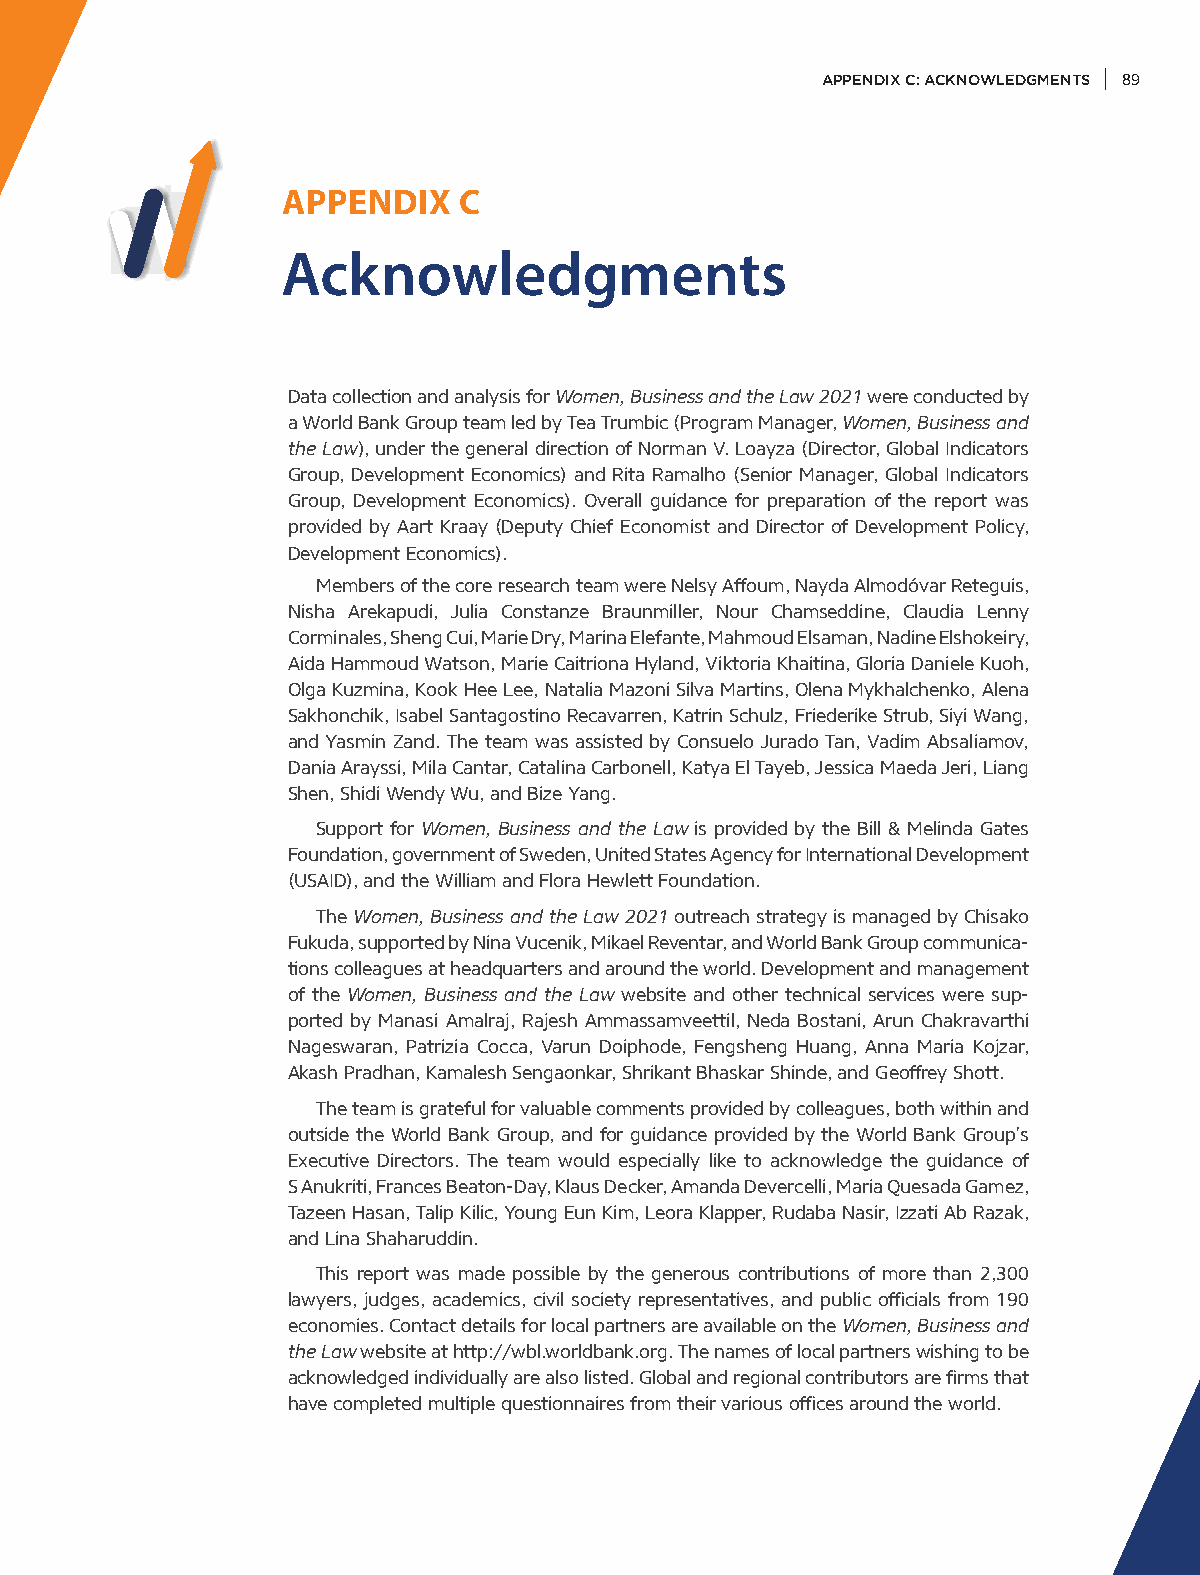
APPENDIX C: ACKNOWLEDGMENTS 89
 APPENDIX   C
 Acknowledgments
 Data collection and analysis for Women, Business and the Law 2021 were conducted by
 a World Bank Group team led by Tea Trumbic (Program Manager, Women, Business and
 the Law), under the general direction of Norman V. Loayza (Director, Global Indicators
 Group, Development Economics) and Rita Ramalho (Senior Manager, Global Indicators
 Group, Development Economics). Overall guidance for preparation of the report was
 provided by Aart Kraay (Deputy Chief Economist and Director of Development Policy,
 Development Economics).
 Members of the core research team were Nelsy Affoum, Nayda Almodóvar Reteguis,
 Nisha Arekapudi, Julia Constanze Braunmiller, Nour Chamseddine, Claudia Lenny
 Corminales, Sheng Cui, Marie Dry, Marina Elefante, Mahmoud Elsaman, Nadine Elshokeiry,
 Aida Hammoud Watson, Marie Caitriona Hyland, Viktoria Khaitina, Gloria Daniele Kuoh,
 Olga Kuzmina, Kook Hee Lee, Natalia Mazoni Silva Martins, Olena Mykhalchenko, Alena
 Sakhonchik, Isabel Santagostino Recavarren, Katrin Schulz, Friederike Strub, Siyi Wang,
 and Yasmin Zand. The team was assisted by Consuelo Jurado Tan, Vadim Absaliamov,
 Dania Arayssi, Mila Cantar, Catalina Carbonell, Katya El Tayeb, Jessica Maeda Jeri, Liang
 Shen, Shidi Wendy Wu, and Bize Yang.
 Support for Women, Business and the Law is provided by the Bill & Melinda Gates
 Foundation, government of Sweden, United States Agency for International Development
 (USAID), and the William and Flora Hewlett Foundation.
 The Women, Business and the Law 2021 outreach strategy is managed by Chisako
 Fukuda, supported by Nina Vucenik, Mikael Reventar, and World Bank Group communica-
 tions colleagues at headquarters and around the world. Development and management
 of the Women, Business and the Law website and other technical services were sup-
 ported by Manasi Amalraj, Rajesh Ammassamveettil, Neda Bostani, Arun Chakravarthi
 Nageswaran, Patrizia Cocca, Varun Doiphode, Fengsheng Huang, Anna Maria Kojzar,
 Akash Pradhan, Kamalesh Sengaonkar, Shrikant Bhaskar Shinde, and Geoffrey Shott.
 The team is grateful for valuable comments provided by colleagues, both within and
 outside the World Bank Group, and for guidance provided by the World Bank Group’s
 Executive Directors. The team would especially like to acknowledge the guidance of
 S Anukriti, Frances Beaton-Day, Klaus Decker, Amanda Devercelli, Maria Quesada Gamez,
 Tazeen Hasan, Talip Kilic, Young Eun Kim, Leora Klapper, Rudaba Nasir, Izzati Ab Razak,
 and Lina Shaharuddin.
 This report was made possible by the generous contributions of more than 2,300
 lawyers, judges, academics, civil society representatives, and public officials from 190
 economies. Contact details for local partners are available on the Women, Business and
 the Law website at http://wbl.worldbank.org. The names of local partners wishing to be
 acknowledged individually are also listed. Global and regional contributors are firms that
 have completed multiple questionnaires from their various offices around the world.